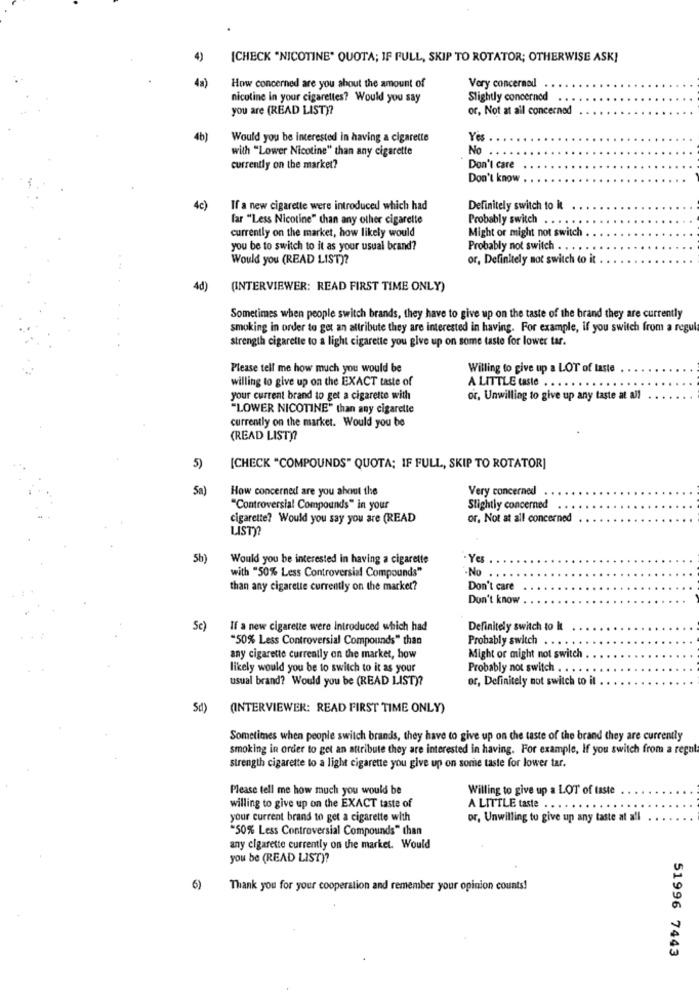
[CHECK "NICOTINE" QUOTA; IF FULL, SKIP TO ROTATOR; OTHERWISE ASK]
41)
How concerned are you about the amount of
Very concerned
nicotine in your cigarettes? Would you say
Slightly concerned . .
you are (READ LIST)?
or, Not at all concerned
4b)
Would you be interested in having a cigarette
Yes
with "Lower Nicotine" than any cigarette
No ..
currently on the market?
Don't care
Don't know
4c)
If a new cigarette were introduced which had
Definitely switch to it
far "Less Nicotine" than any other cigarette
Probably switch . . . . ..
currently on the market, how likely would
Might or might not switch
you be to switch to it as your usual brand?
Probably not switch
Would you (READ LIST)?
or, Definitely not switch to it
4d)
(INTERVIEWER: READ FIRST TIME ONLY)
Sometimes when people switch brands, they have to give up on the taste of the brand they are currently
smoking in order to get an attribute they are interested in having. For example, if you switch from a regul
strength cigarette to a light cigarette you give up on some taste for lower tar.
Please tell me how much you would be
Willing to give up a LOT of taste
willing to give up on the EXACT taste of
A LITTLE caste . . .
your current brand to get a cigarette with
or, Unwilling to give up any taste at all
"LOWER NICOTINE" than any cigarette
currently on the market. Would you be
(READ LIST)?
5)
[CHECK "COMPOUNDS" QUOTA; IF FULL, SKIP TO ROTATOR]
5a)
How concerned are you about the
Very concerned
"Controversial Compounds" in your
Slightly concerned
cigarette? Would you say you are (READ
or, Not at all concerned
LISTY
5b)
Would you be interested in having a cigarette
Yes
with "50% Less Controversial Compounds"
-No .
than any cigarette currently on the market?
Don't care
Don't know
Sc)
If a newe cigarette were Introduced which had
Definitely switch to It
"50% Less Controversial Compounds" than
Probably switch . . . . .
any cigarette currently on the market, how
Might or might not switch
likely would you be to switch to it as your
Probably not switch . .
usual brand? Would you be (READ LIST)?
or, Definitely not switch to il
Sd)
(INTERVIEWER: READ FIRST TIME ONLY)
Sometimes when people switch brands, they have to give up on the taste of the brand they are currently
smoking in order to get an attribute they are interested in having. For example, If you switch from a regul
strength cigarette to a light cigarette you give up on some taste for lower tar.
Please tell me how much you would be
Willing to give up a LOT of taste
willing to give up on the EXACT taste of
A LITTLE taste . . ..
your current brand to get a cigarette with
or, Unwilling to give up any taste at all
"50% Less Controversial Compounds" than
any cigarette currently on the market. Would
you be (READ LIST)?
6)
Thank you for your cooperation and remember your opinion counts!
51996 7443